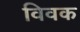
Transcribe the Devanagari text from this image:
विवक